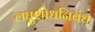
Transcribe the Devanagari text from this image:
लघुशोधनिबंध